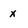
Character: x